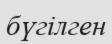
бүгілген